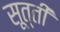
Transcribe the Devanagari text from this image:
सूत्ती